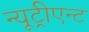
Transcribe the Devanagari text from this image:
न्यूट्रीएन्ट